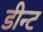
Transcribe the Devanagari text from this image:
डीन्ट